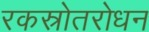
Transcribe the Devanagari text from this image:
रकस्रोतरोधन